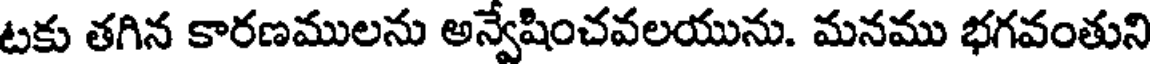
టకు తగిన కారణములను అన్వేషించవలయును. మనము భగవంతుని